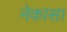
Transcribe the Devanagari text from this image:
नेकासा